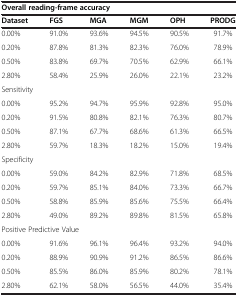
| <COLSPAN=6> Overall reading-frame accuracy |
 | --- | --- | --- | --- | --- | --- |
 | Dataset | FGS | MGA | MGM | OPH | PRODG |
 | 0.00% | 91.0% | 93.6% | 94.5% | 90.5% | 91.7% |
 | 0.20% | 87.8% | 81.3% | 82.3% | 76.0% | 78.9% |
 | 0.50% | 83.8% | 69.7% | 70.5% | 62.9% | 66.1% |
 | 2.80% | 58.4% | 25.9% | 26.0% | 22.1% | 23.2% |
 | <COLSPAN=6> Sensitivity |
 | 0.00% | 95.2% | 94.7% | 95.9% | 92.8% | 95.0% |
 | 0.20% | 91.5% | 80.8% | 82.1% | 76.3% | 80.7% |
 | 0.50% | 87.1% | 67.7% | 68.6% | 61.3% | 66.5% |
 | 2.80% | 59.7% | 18.3% | 18.2% | 15.0% | 19.4% |
 | <COLSPAN=6> Specificity |
 | 0.00% | 59.0% | 84.2% | 82.9% | 71.8% | 68.5% |
 | 0.20% | 59.7% | 85.1% | 84.0% | 73.3% | 66.7% |
 | 0.50% | 58.8% | 85.9% | 85.6% | 75.5% | 66.4% |
 | 2.80% | 49.0% | 89.2% | 89.8% | 81.5% | 65.8% |
 | <COLSPAN=6> Positive Predictive Value |
 | 0.00% | 91.6% | 96.1% | 96.4% | 93.2% | 94.0% |
 | 0.20% | 88.9% | 90.9% | 91.2% | 86.5% | 86.6% |
 | 0.50% | 85.5% | 86.0% | 85.9% | 80.2% | 78.1% |
 | 2.80% | 62.1% | 58.0% | 56.5% | 44.0% | 35.4% |